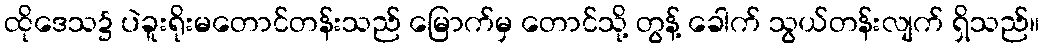
ထိုဒေသ၌ ပဲခူးရိုးမတောင်တန်းသည် မြောက်မှ တောင်သို့ တွန့် ခေါက် သွယ်တန်းလျက် ရှိသည်။